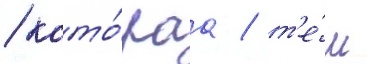
/ кото́раа / т'е́м